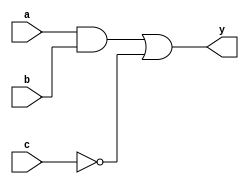
module combinational_logic (
    input wire a,         // Single-bit input signal
    input wire b,         // Single-bit input signal
    input wire c,         // Single-bit input signal
    output reg y          // Output signal
);

// Always block for combinational logic
always @(*) begin
    // Combinational logic expression
    y = (a & b) | (~c);  // Example: y is true if a AND b is true OR NOT c is true
end

endmodule